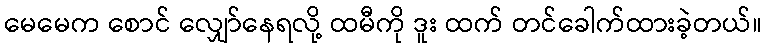
မေမေက စောင် လျှော်နေရလို့ ထမီကို ဒူး ထက် တင်ခေါက်ထားခဲ့တယ်။